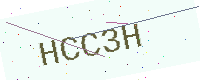
Text: HCC3H